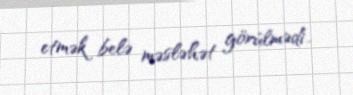
etmək belə məsləhət görülmədi..